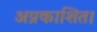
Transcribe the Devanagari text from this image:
अप्रकाशित।